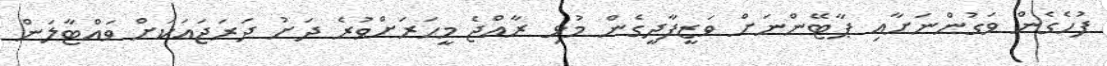
ފުހެގެން ވަގުންނަށާއި ޕާޓޭންނަށް ވަޒީފާދީގެން މުޅި ރާއްޖެ މީހަރަށްވުރެ ދަށު ދަރަޖައަކަށް ވައްޓާލަން